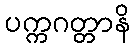
ပက္ကဂတ္တာနိ